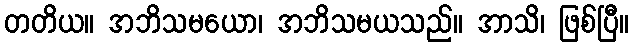
တတိယ။ အဘိသမယော၊ အဘိသမယသည်။ အာသိ၊ ဖြစ်ပြီ။